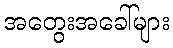
အတွေးအခေါ်များ